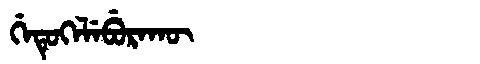
Manchu: ᡤᡝᡨᡠᡴᡝᠯᡝᠪᡠᡵᠠᡴᡡ
Romanization: GETUKELEBURAKŪ